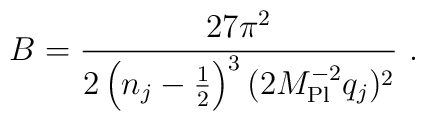
B = \frac{27\pi^2}{2 \left(n_j - \frac{1}{2}\right)^3 (2M_{\rm Pl}^{-2} q_j)^2} \ .